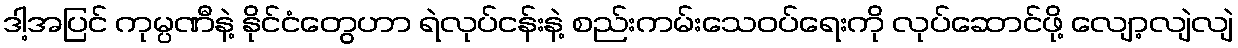
ဒါ့အပြင် ကုမ္ပဏီနဲ့ နိုင်ငံတွေဟာ ရဲလုပ်ငန်းနဲ့ စည်းကမ်းသေဝပ်ရေးကို လုပ်ဆောင်ဖို့ လျော့လျဲလျဲ